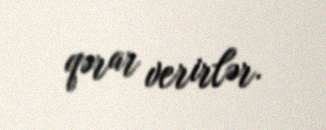
qərar verirlər.